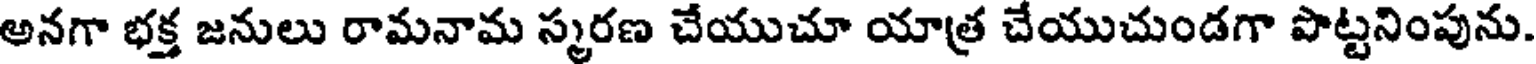
అనగా భక్త జనులు రామనామ స్మరణ చేయుచూ యాత్ర చేయుచుండగా పొట్టనింపును.